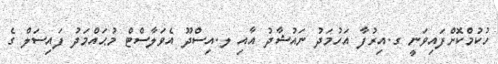
ހުކުމްކޮށްފައިވަނީ ގ.އިރުފާ އަހުމަދު ނައުޝާދު އާއި ލ.އިސްދޫ އެވަލާސްޓް މުޙައްމަދު ފައިސަލް ގެ